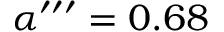
\alpha ^ { \prime \prime \prime } = 0 . 6 8